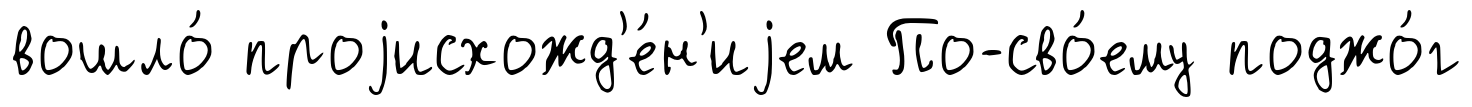
вошло́ проjисхожд'е́н'иjем По-сво́ему поджо́г